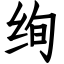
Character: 绚